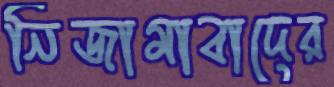
নিজামাবাদের